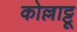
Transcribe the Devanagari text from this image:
कोल्लाट्टू